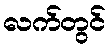
လက်တွင်